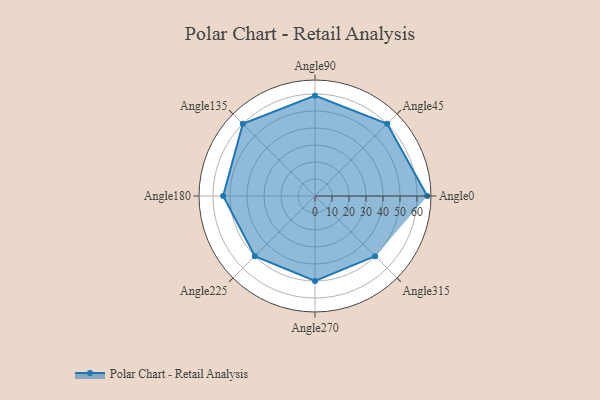
{"axis": {"x": "Angle", "y": "Radius"}, "legend": [""], "data": [{"x": "Angle0", "y": 66.0, "type": ""}, {"x": "Angle45", "y": 60.0, "type": ""}, {"x": "Angle90", "y": 59.0, "type": ""}, {"x": "Angle135", "y": 60.0, "type": ""}, {"x": "Angle180", "y": 54.0, "type": ""}, {"x": "Angle225", "y": 50, "type": ""}, {"x": "Angle270", "y": 50, "type": ""}, {"x": "Angle315", "y": 50, "type": ""}]}